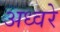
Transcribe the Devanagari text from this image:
अध्वरे